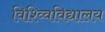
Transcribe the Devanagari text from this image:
विश्व्विविद्यालय